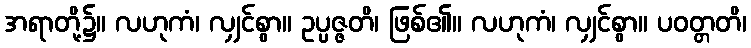
အရာတို့၌။ လဟုကံ၊ လျှင်စွာ။ ဥပ္ပဇ္ဇတိ၊ ဖြစ်၏။ လဟုကံ၊ လျှင်စွာ။ ပဝတ္တတိ၊